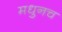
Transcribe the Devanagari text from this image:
मधुनच